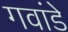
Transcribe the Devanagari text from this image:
गवांडे